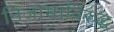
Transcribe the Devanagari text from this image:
निजामाविरुद्ध